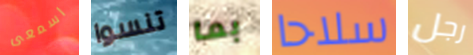
اسمعى تنسوا بما سلاحا رجل